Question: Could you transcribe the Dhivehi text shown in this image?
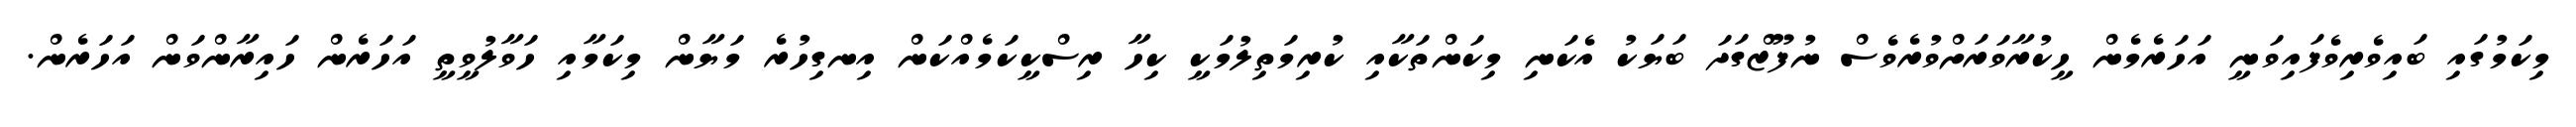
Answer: މިކަމުގައި ބައިވެރިވެފައިވަނީ އަހަރެމެން ހީކުރާވަރަށްވުރެވެސް ނުފޫޒްގަދަ ބަޔަކު އެކަނި މިކަންތަކާއި ކުރިމަތިލުމަކީ ކިހާ ރިސްކީކަމެއްކަން އިނގިހުރެ މަޔާން މިކަމާއި ހަވާލުވީތީ އަހަރެން ހައިރާންވަން އަހަރެން.